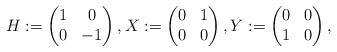
LaTeX: \begin{align*}H:=\begin{pmatrix} 1&0\\ 0&-1 \end{pmatrix}, X:=\begin{pmatrix} 0&1\\ 0&0 \end{pmatrix}, Y:=\begin{pmatrix} 0&0\\ 1&0 \end{pmatrix},\end{align*}